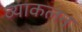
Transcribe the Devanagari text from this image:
व्याकलन